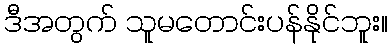
ဒီအတွက် သူမတောင်းပန်နိုင်ဘူး။